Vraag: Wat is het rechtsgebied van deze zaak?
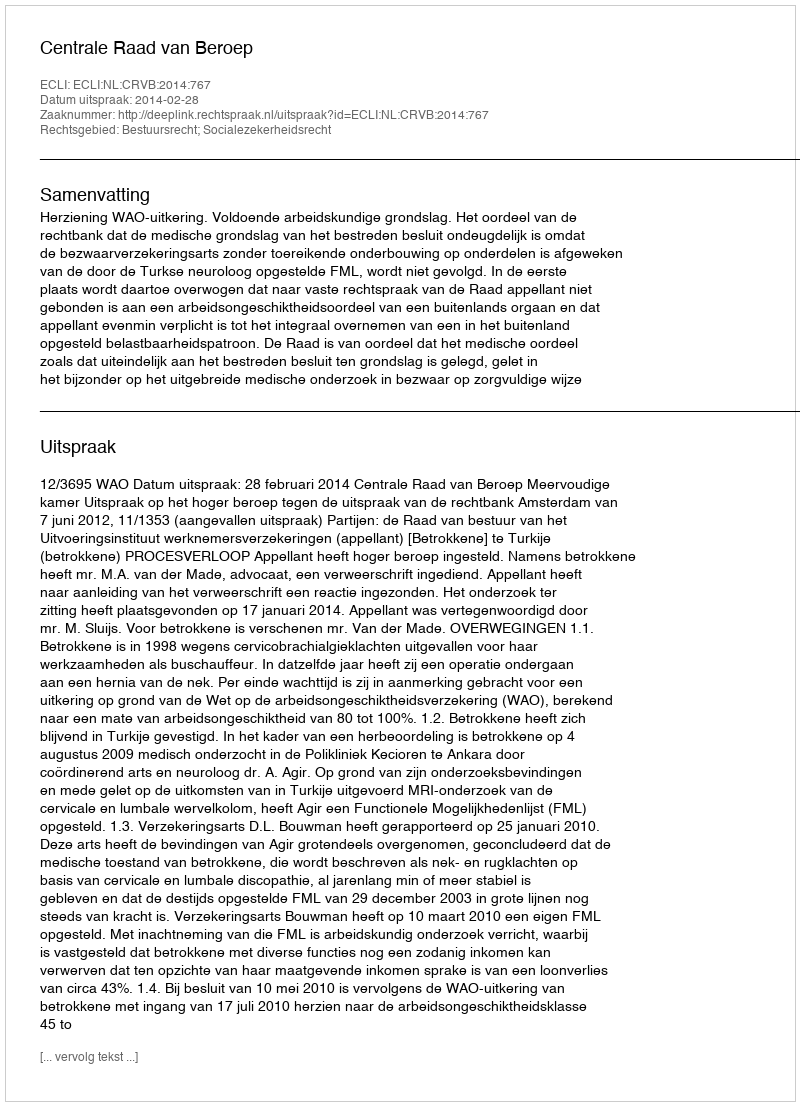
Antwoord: Bestuursrecht; Socialezekerheidsrecht